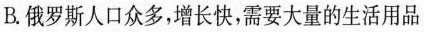
B.俄罗斯人口众多，增长快，需要大量的生活用品